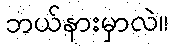
ဘယ်နားမှာလဲ။